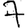
Digit: 7